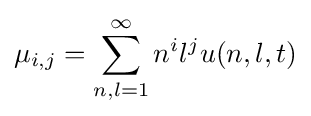
\mu _{i,j}=\sum _{n,l=1}^{\infty }n^{i}l^{j}u(n,l,t)